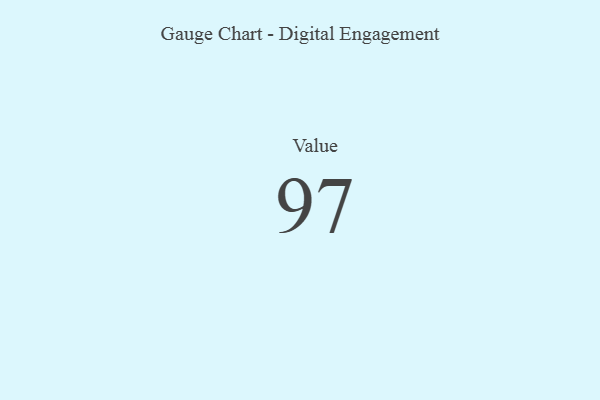
{"axis": {"x": "Metric", "y": "Value"}, "legend": [""], "data": [{"x": "Value", "y": 97, "type": ""}]}